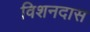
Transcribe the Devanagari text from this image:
विशनदास